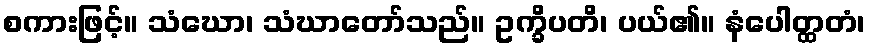
စကားဖြင့်။ သံဃော၊ သံဃာတော်သည်။ ဥက္ခိပတိ၊ ပယ်၏။ နံပေါတ္ထတံ၊